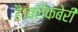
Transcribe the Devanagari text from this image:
है।ब्लैकबेरी